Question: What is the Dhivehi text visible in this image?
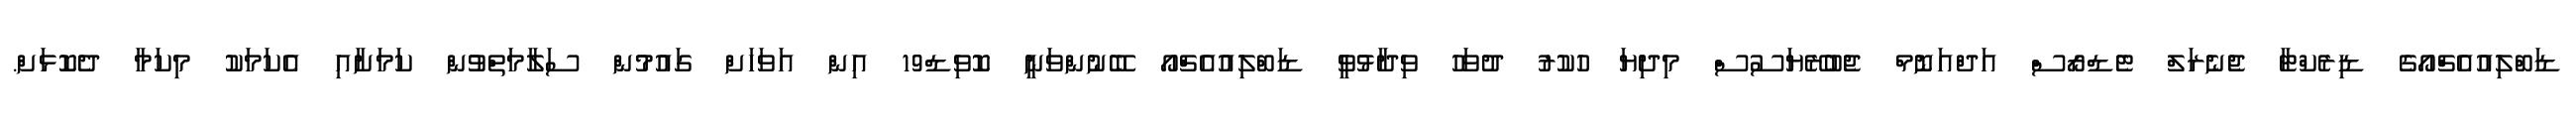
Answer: ޑަބްލިއުއެޗްއޯގެ ޑިރެކްޓާ ޖެނެރަލް ޓެޑްރޯސް އަދްއަނޮމް ޖެބުރޭޔަސުސް މިދިޔަ ހުކުރު ދުވަހު ވިދާޅުވީ ޑަބްލިއުއެޗްއޯ ބޭނުންވަނީ ކޮވިޑް19 އިން އަވަހަށް ގައުމުން ސަލާމަތްވުން ކަމަށާއި އެކަމަކު މިކަމާ ދެކޮޅަށް.